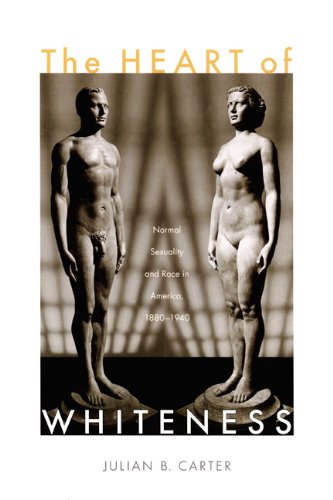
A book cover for The Heart of Whiteness: Normal Sexuality and Race in America, 1880EE1940; Julian B. Carter; Gay & Lesbian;